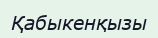
Қабыкенқызы